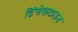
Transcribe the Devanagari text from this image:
टिंसेलटाउन